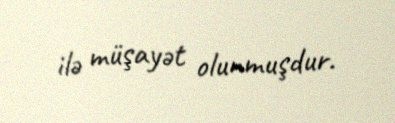
ilə müşayət olunmuşdur.